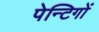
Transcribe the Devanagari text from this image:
पेन्टिगों